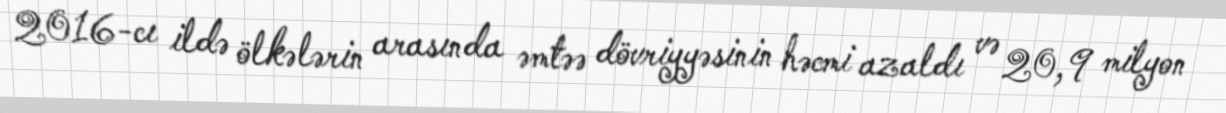
2016-cı ildə ölkələrin arasında əmtəə dövriyyəsinin həcmi azaldı və 20,9 milyon